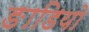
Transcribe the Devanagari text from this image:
ङाडियो